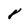
Character: 7